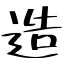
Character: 造